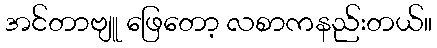
အင်တာဗျူ ဖြေတော့ လစာကနည်းတယ်။